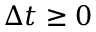
\Delta t \geq 0